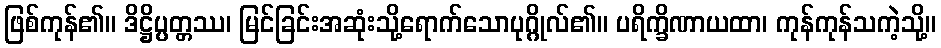
ဖြစ်ကုန်၏။ ဒိဋ္ဌိပ္ပတ္တဿ၊ မြင်ခြင်းအဆုံးသို့ရောက်သောပုဂ္ဂိုလ်၏။ ပရိက္ခိဏာယထာ၊ ကုန်ကုန်သကဲ့သို့။